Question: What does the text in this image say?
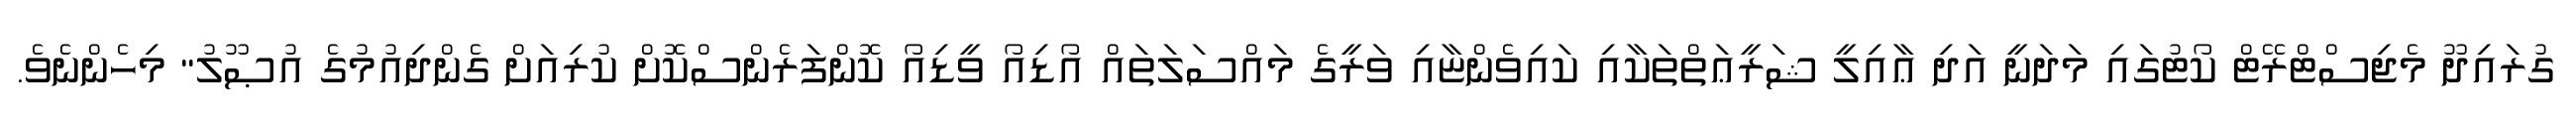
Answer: ގުރައިދޫ މެޖިސްޓްރޭޓް ކޯޓުގައި މަދަނީ އަދި ޢާއިލީ ޝަރީޢަތްތަކާއި ކައިވެންޏާއި ވަރީގެ މައްސަލަތައް އޯޑިއޯ ވީޑިއޯ ކޮންފަރެންސްކޮށް ކުރިއަށް ގެންދިއުމުގެ އުޞޫލު" މިހެންނެވެ.